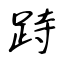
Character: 跱